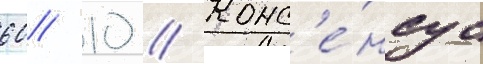
60/ 10 // Конс'е́нсус